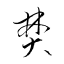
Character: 焚